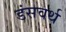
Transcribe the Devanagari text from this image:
डंसवर्थ